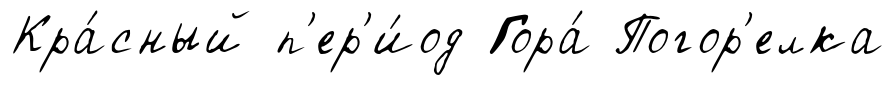
Кра́сный п'ер'и́од Гора́ Погор'елка